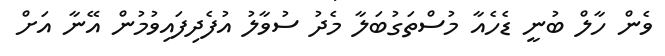
ވެން ހާލް ބުނީ ޑެހެއާ މުސްތަގުބަލާ މެދު ސުވާލު އުފެދިފައިވުމުން އޭނާ އަށް